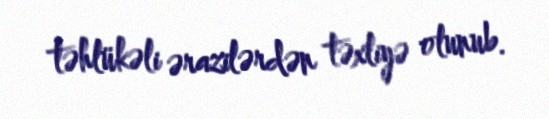
təhlükəli ərazilərdən təxliyə olunub.